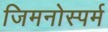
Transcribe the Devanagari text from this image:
जिमनोस्पर्म